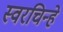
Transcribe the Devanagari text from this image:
स्वरचिन्हे